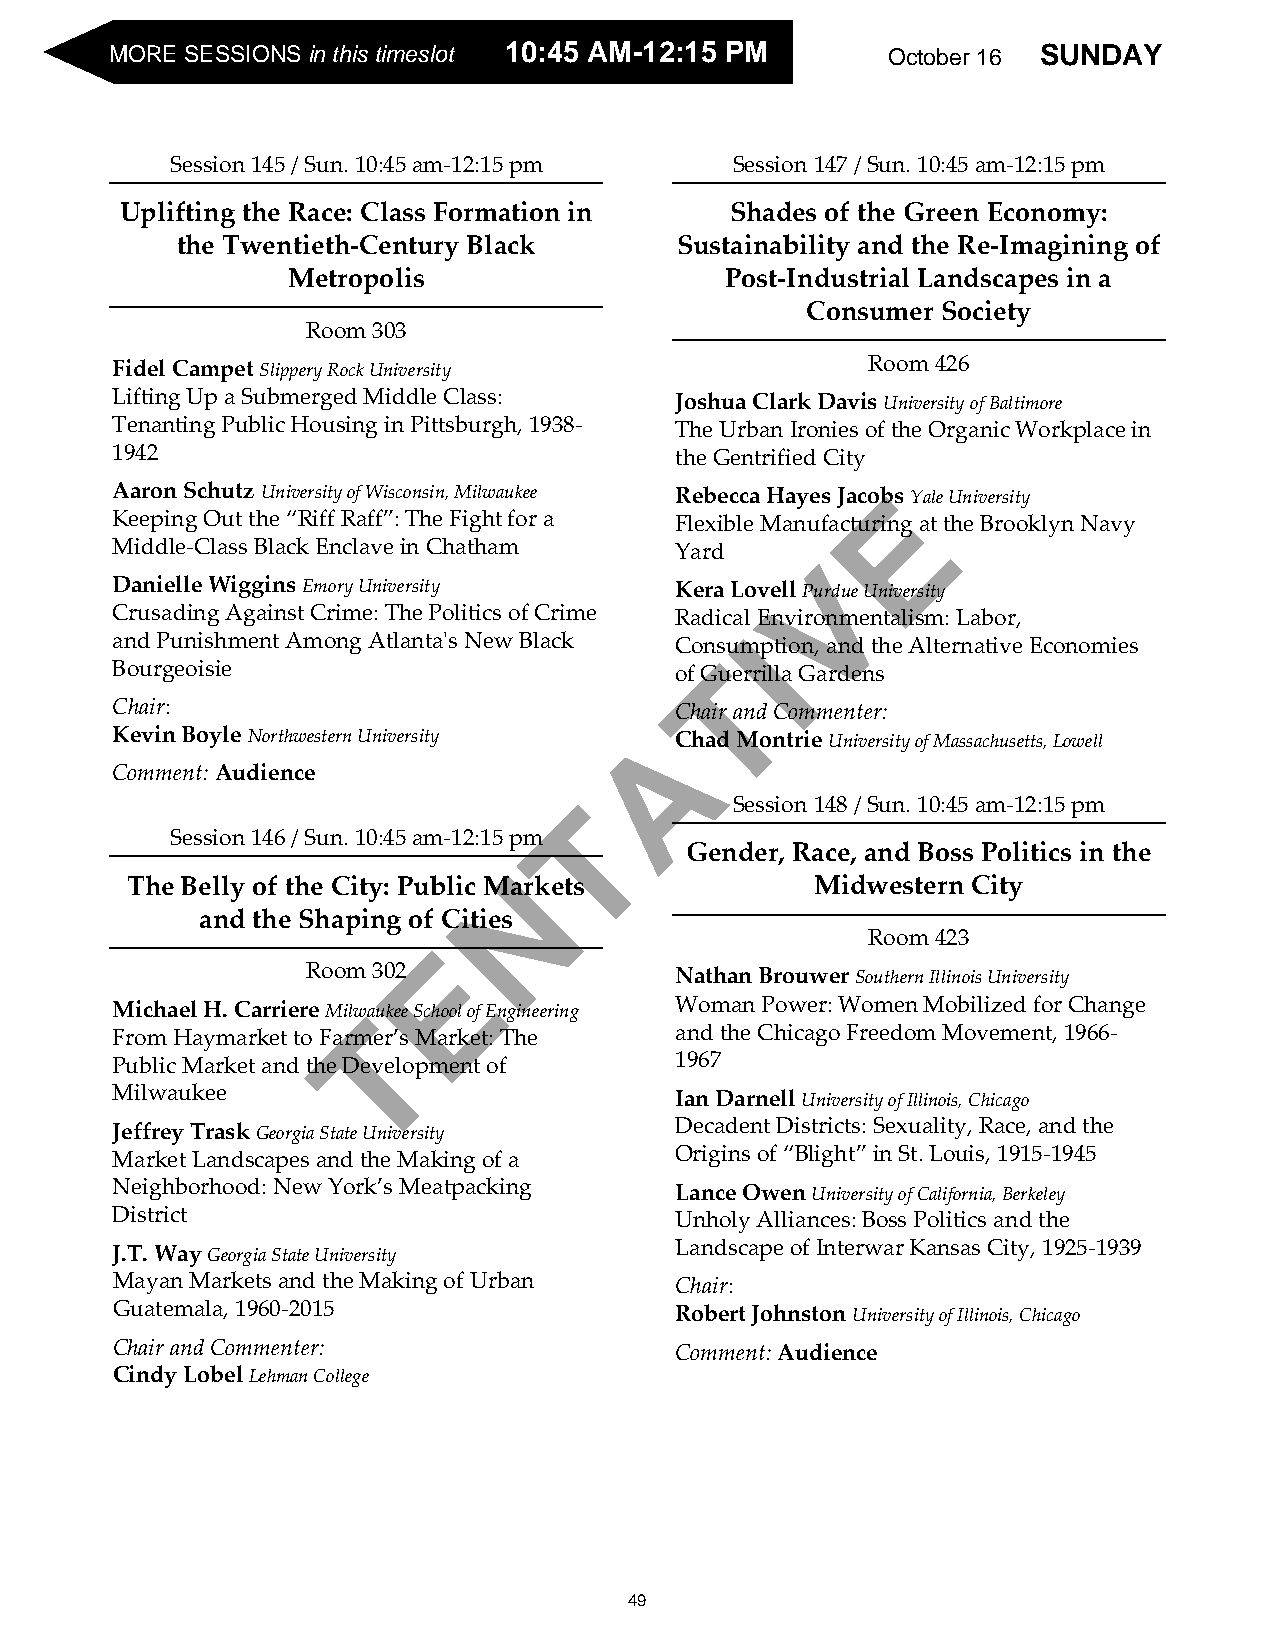
MSOURNED SAESYS IO N OS cinto tbheisr 1ti6m eslot 1100::4455 AAMM--1122::1155 PPMM October 16 SUNDAY
 Session 145 / Sun. 10:45 am-12:15 pm  Session 147 / Sun. 10:45 am-12:15 pm
 Uplifting the Race: Class Formation in  Shades of the Green Economy:
 the Twentieth-Century Black      Sustainability and the Re-Imagining of
 Metropolis                   Post-Industrial Landscapes in a
 Consumer Society
 Room 303
 Fidel Campet Slippery Rock University             Room 426
 Lifting Up a Submerged Middle Class:  Joshua Clark Davis University of Baltimore
 Tenanting Public Housing in Pittsburgh, 1938- The Urban Ironies of the Organic Workplace in
 1942                                  the Gentrified City
 Aaron Schutz University of Wisconsin, Milwaukee Rebecca Hayes JacobEs Yale University
 Keeping Out the “Riff Raff”: The Fight for a Flexible Manufacturing at the Brooklyn Navy
 Middle-Class Black Enclave in Chatham Yard
 V
 Danielle Wiggins Emory University     Kera Lovell Purdue University
 Crusading Against Crime: The Politics of Crime Radical Environmentalism: Labor,
 I
 and Punishment Among Atlanta's New Black Consumption, and the Alternative Economies
 Bourgeoisie                           of GT uerrilla Gardens
 Chair:                                Chair and Commenter:
 A
 Kevin Boyle Northwestern University   Chad Montrie University of Massachusetts, Lowell
 Comment: Audience
 T          Session 148 / Sun. 10:45 am-12:15 pm
 Session 146 / Sun. 10:45 am-12:15 pm
 Gender, Race, and Boss Politics in the
 N
 The Belly of the City: Public Markets         Midwestern City
 and the Shaping of Cities
 Room 423
 E
 Room 302                 Nathan Brouwer Southern Illinois University
 Michael H. Carriere MilwTaukee School of Engineering Woman Power: Women Mobilized for Change
 From Haymarket to Farmer’s Market: The and the Chicago Freedom Movement, 1966-
 Public Market and the Development of  1967
 Milwaukee                             Ian Darnell University of Illinois, Chicago
 Jeffrey Trask Georgia State University Decadent Districts: Sexuality, Race, and the
 Market Landscapes and the Making of a Origins of “Blight” in St. Louis, 1915-1945
 Neighborhood: New York’s Meatpacking  Lance Owen University of California, Berkeley
 District                              Unholy Alliances: Boss Politics and the
 J.T. Way Georgia State University     Landscape of Interwar Kansas City, 1925-1939
 Mayan Markets and the Making of Urban Chair:
 Guatemala, 1960-2015                  Robert Johnston University of Illinois, Chicago
 Chair and Commenter:                  Comment: Audience
 Cindy Lobel Lehman College
 49